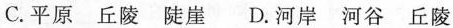
C.平原 丘陵 陡崖 D.河岸 河谷 丘陵